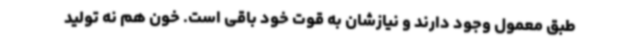
طبق معمول وجود دارند و نیازشان به قوت خود باقی است. خون هم نه تولید